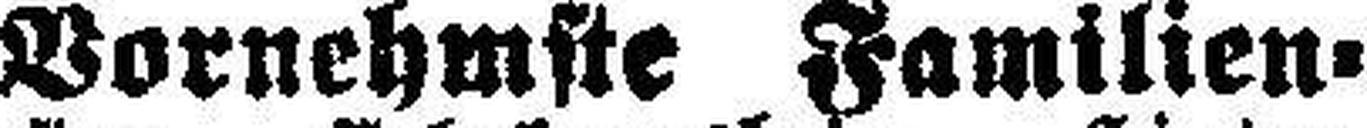
Vornehmste Familien¬